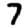
Digit: 7